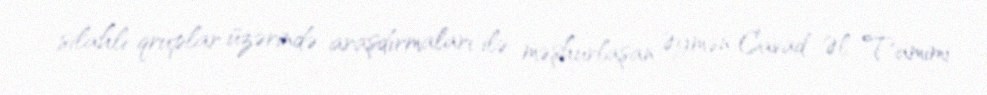
silahlı qruplar üzərində araşdırmaları ilə məşhurlaşan Əymən Cavad Əl Tamimi